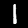
Label: 1